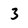
Character: 3